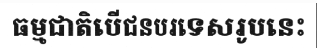
ធម្មជាតិបើជនបរទេសរូបនេះ